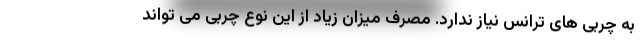
به چربی های ترانس نیاز ندارد. مصرف میزان زیاد از این نوع چربی می تواند